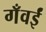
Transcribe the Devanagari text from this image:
गँवईं